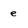
Character: e